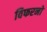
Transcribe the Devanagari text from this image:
विफरनो